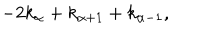
- 2 k _ { \alpha } + k _ { \alpha + 1 } + k _ { \alpha - 1 } ,